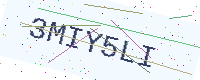
Text: 3MIY5LI